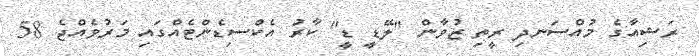
ރަޝިއާގެ މުއްސަނދި ރީތި ޒުވާން "ލޭޑީ ޑީ" ކާރު އެކްސިޑެންޓެއްގައި މަރުވެއްޖެ 58